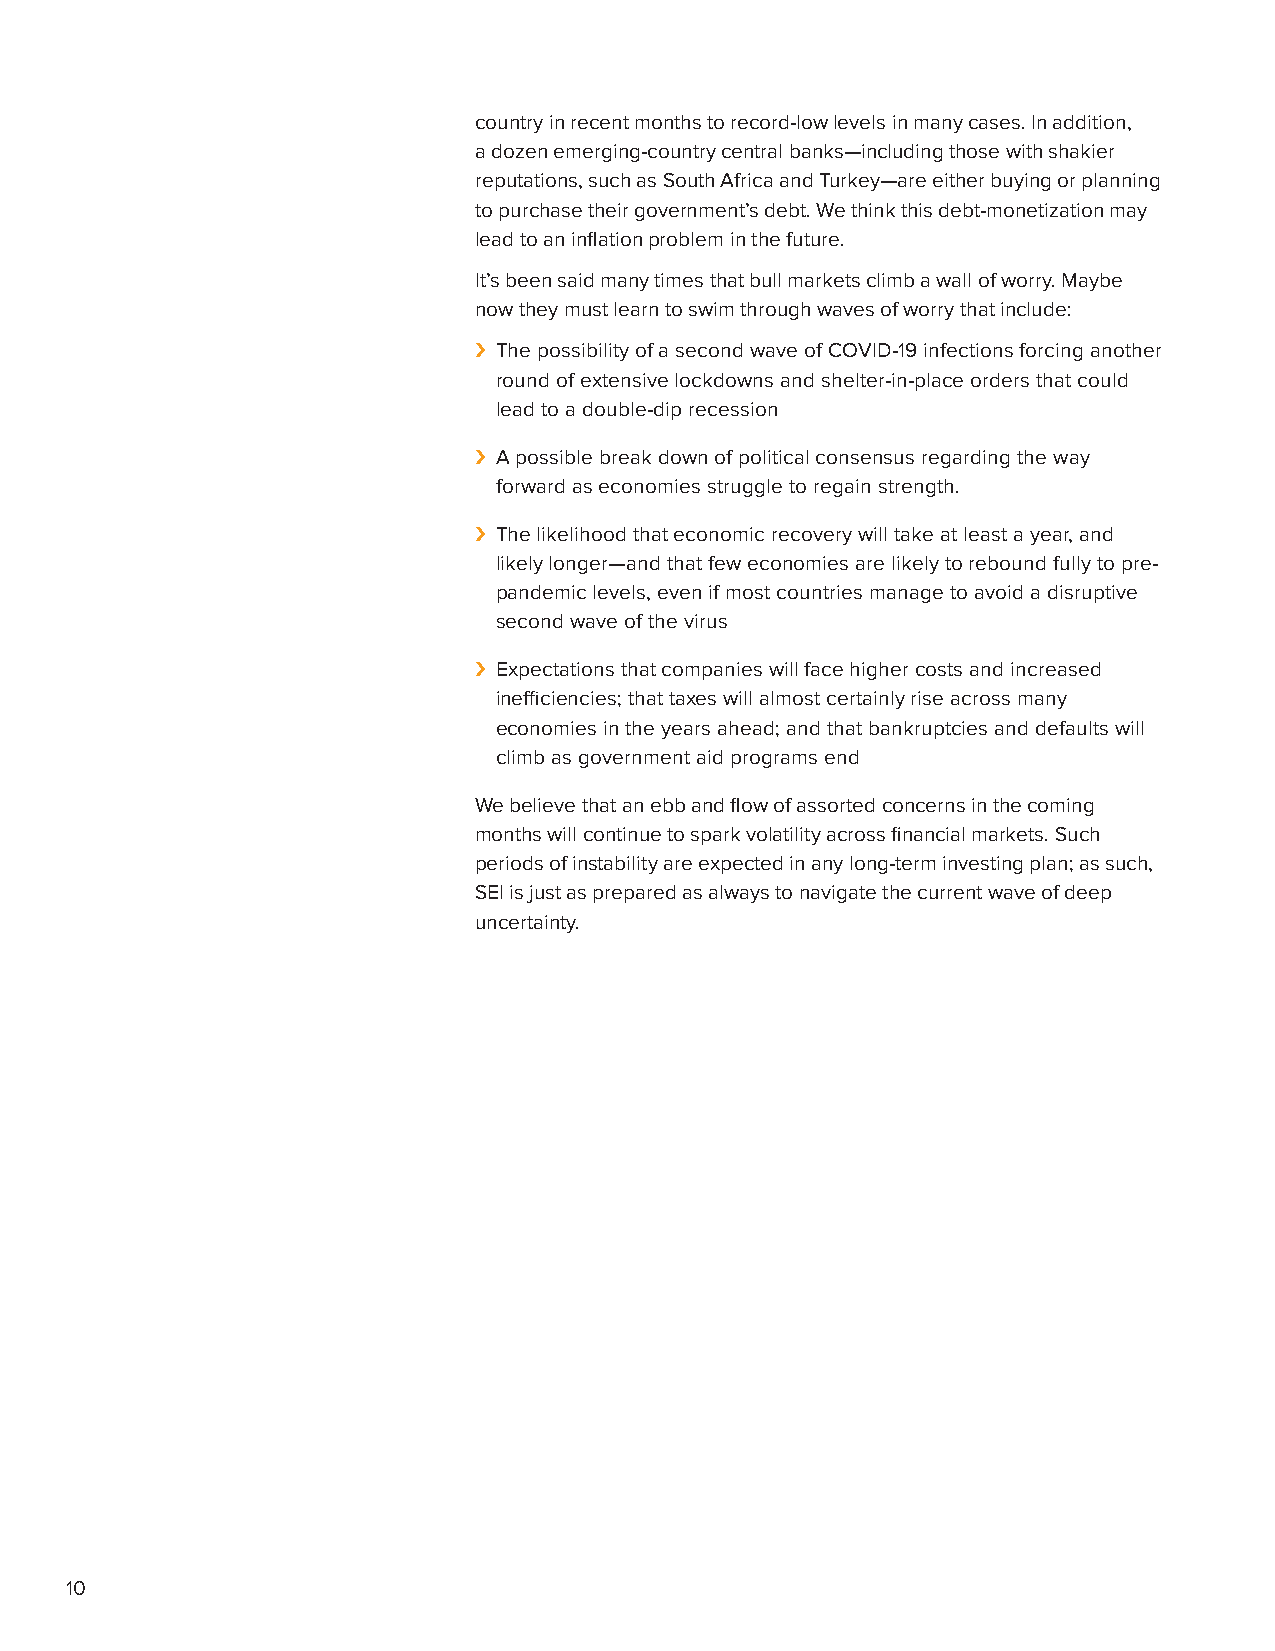
country in recent months to record-low levels in many cases. In addition,
 a dozen emerging-country central banks—including those with shakier
 reputations, such as South Africa and Turkey—are either buying or planning
 to purchase their government’s debt. We think this debt-monetization may
 lead to an inflation problem in the future.
 It’s been said many times that bull markets climb a wall of worry. Maybe
 now they must learn to swim through waves of worry that include:
 › The possibility of a second wave of COVID-19 infections forcing another
 round of extensive lockdowns and shelter-in-place orders that could
 lead to a double-dip recession
 › A possible break down of political consensus regarding the way
 forward as economies struggle to regain strength.
 › The likelihood that economic recovery will take at least a year, and
 likely longer—and that few economies are likely to rebound fully to pre-
 pandemic levels, even if most countries manage to avoid a disruptive
 second wave of the virus
 › Expectations that companies will face higher costs and increased
 inefficiencies; that taxes will almost certainly rise across many
 economies in the years ahead; and that bankruptcies and defaults will
 climb as government aid programs end
 We believe that an ebb and flow of assorted concerns in the coming
 months will continue to spark volatility across financial markets. Such
 periods of instability are expected in any long-term investing plan; as such,
 SEI is just as prepared as always to navigate the current wave of deep
 uncertainty.
 10